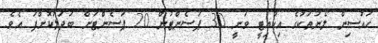
ހައުސިން ލޯނުތަކުގެ އިކުއިޓީ ވަނީ 30 ޕަސެންޓުން 20 ޕަސެންޓަށް ބަދަލުކޮށްފަ އެވެ.